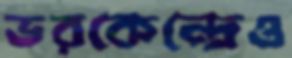
ভরকেন্দ্রেও